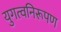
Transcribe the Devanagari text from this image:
युगत्वनिरूपण